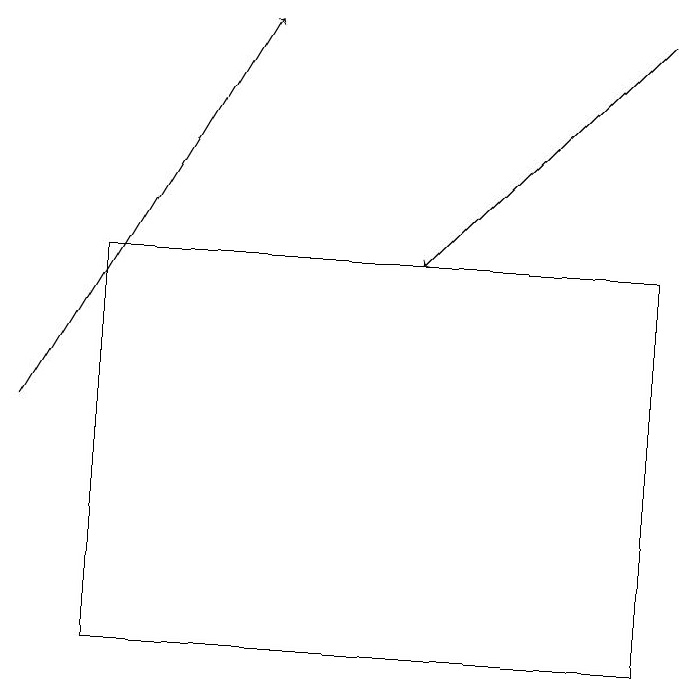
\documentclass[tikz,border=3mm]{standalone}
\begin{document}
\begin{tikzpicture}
\draw[->] (1,14) -- (4,19);
\draw (2,11) rectangle (9,16);
\draw[->] (9,19) -- (6,16);
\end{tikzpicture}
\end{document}